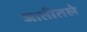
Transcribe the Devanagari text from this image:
जातींतले